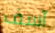
آسف